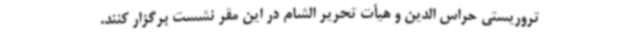
تروریستی حراس الدین و هیأت تحریر الشام در این مقر نشست برگزار کنند.